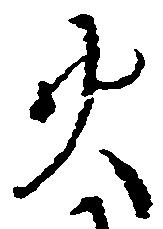
火